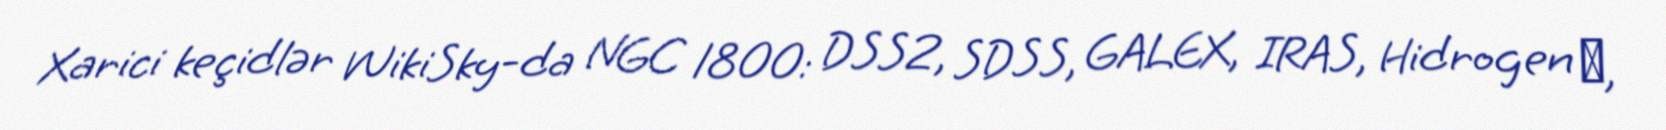
Xarici keçidlər WikiSky-da NGC 1800: DSS2, SDSS, GALEX, IRAS, Hidrogen α,